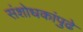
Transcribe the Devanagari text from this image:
संशोधकांपुढे